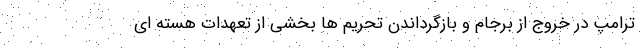
ترامپ در خروج از برجام و بازگرداندن تحریم ها بخشی از تعهدات هسته ای